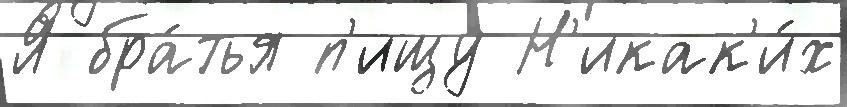
Я бра́тья п'ищу Н'икак'и́х